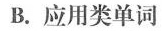
B.应用类单词